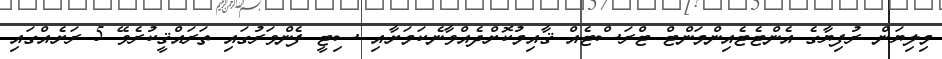
މިލިޔަން ރުފިޔާގެ އެންޓެޓެއިންމަންޓް ޓްރަސްޓެއް ޤާއިމުކޮށްދެއްވާނެކަމަށާއި ސިޓީ ފެންވަރުގައި ތަރައްޤީކުރެވޭ 5 ރަށެއްގައި